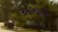
અબાઉ